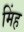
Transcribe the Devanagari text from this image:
मिंह